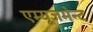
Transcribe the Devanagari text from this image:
एम्‍यूजमेन्‍ट